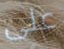
على